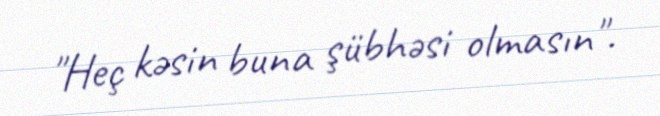
"Heç kəsin buna şübhəsi olmasın".